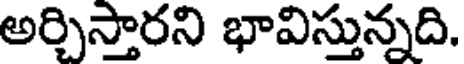
అర్చిస్తారని భావిస్తున్నది.